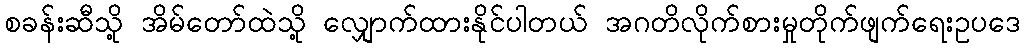
စခန်းဆီသို့ အိမ်တော်ထဲသို့ လျှောက်ထားနိုင်ပါတယ် အဂတိလိုက်စားမှုတိုက်ဖျက်ရေးဥပဒေ